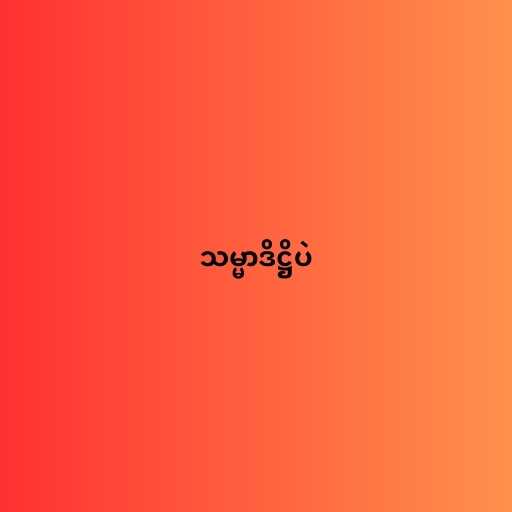
သမ္မာဒိဋ္ဌိပဲ